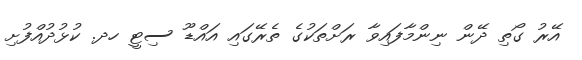
އޭރު ގޯތި ދޭން ނިންމާފައިވާ ރަށްތަކުގެ ތެރޭގައި އައްޑޫ ސިޓީ ހދ. ކުޅުދުއްފުށި